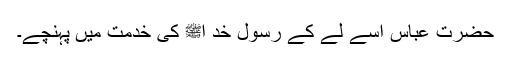
حضرت عباسؓ اسے لے کے رسول خد اﷺ کی خدمت میں پہنچے۔